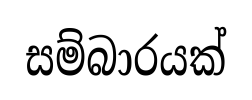
සම්බාරයක්